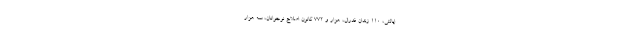
ایالتی، 110 زندان فدرال، هزار و 772 کانون اصلاح نوجوانان، سه هزار